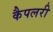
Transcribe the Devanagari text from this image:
कैपलरी